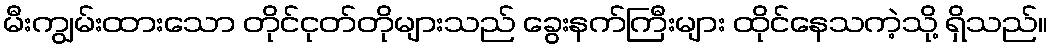
မီးကျွမ်းထားသော တိုင်ငုတ်တိုများသည် ခွေးနက်ကြီးများ ထိုင်နေသကဲ့သို့ ရှိသည်။